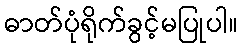
ဓာတ်ပုံရိုက်ခွင့်မပြုပါ။